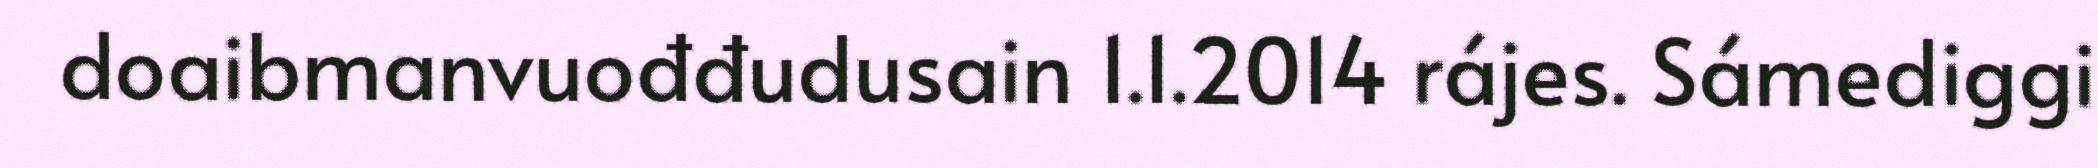
doaibmanvuođđudusain 1.1.2014 rájes. Sámediggi